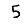
Digit: 5